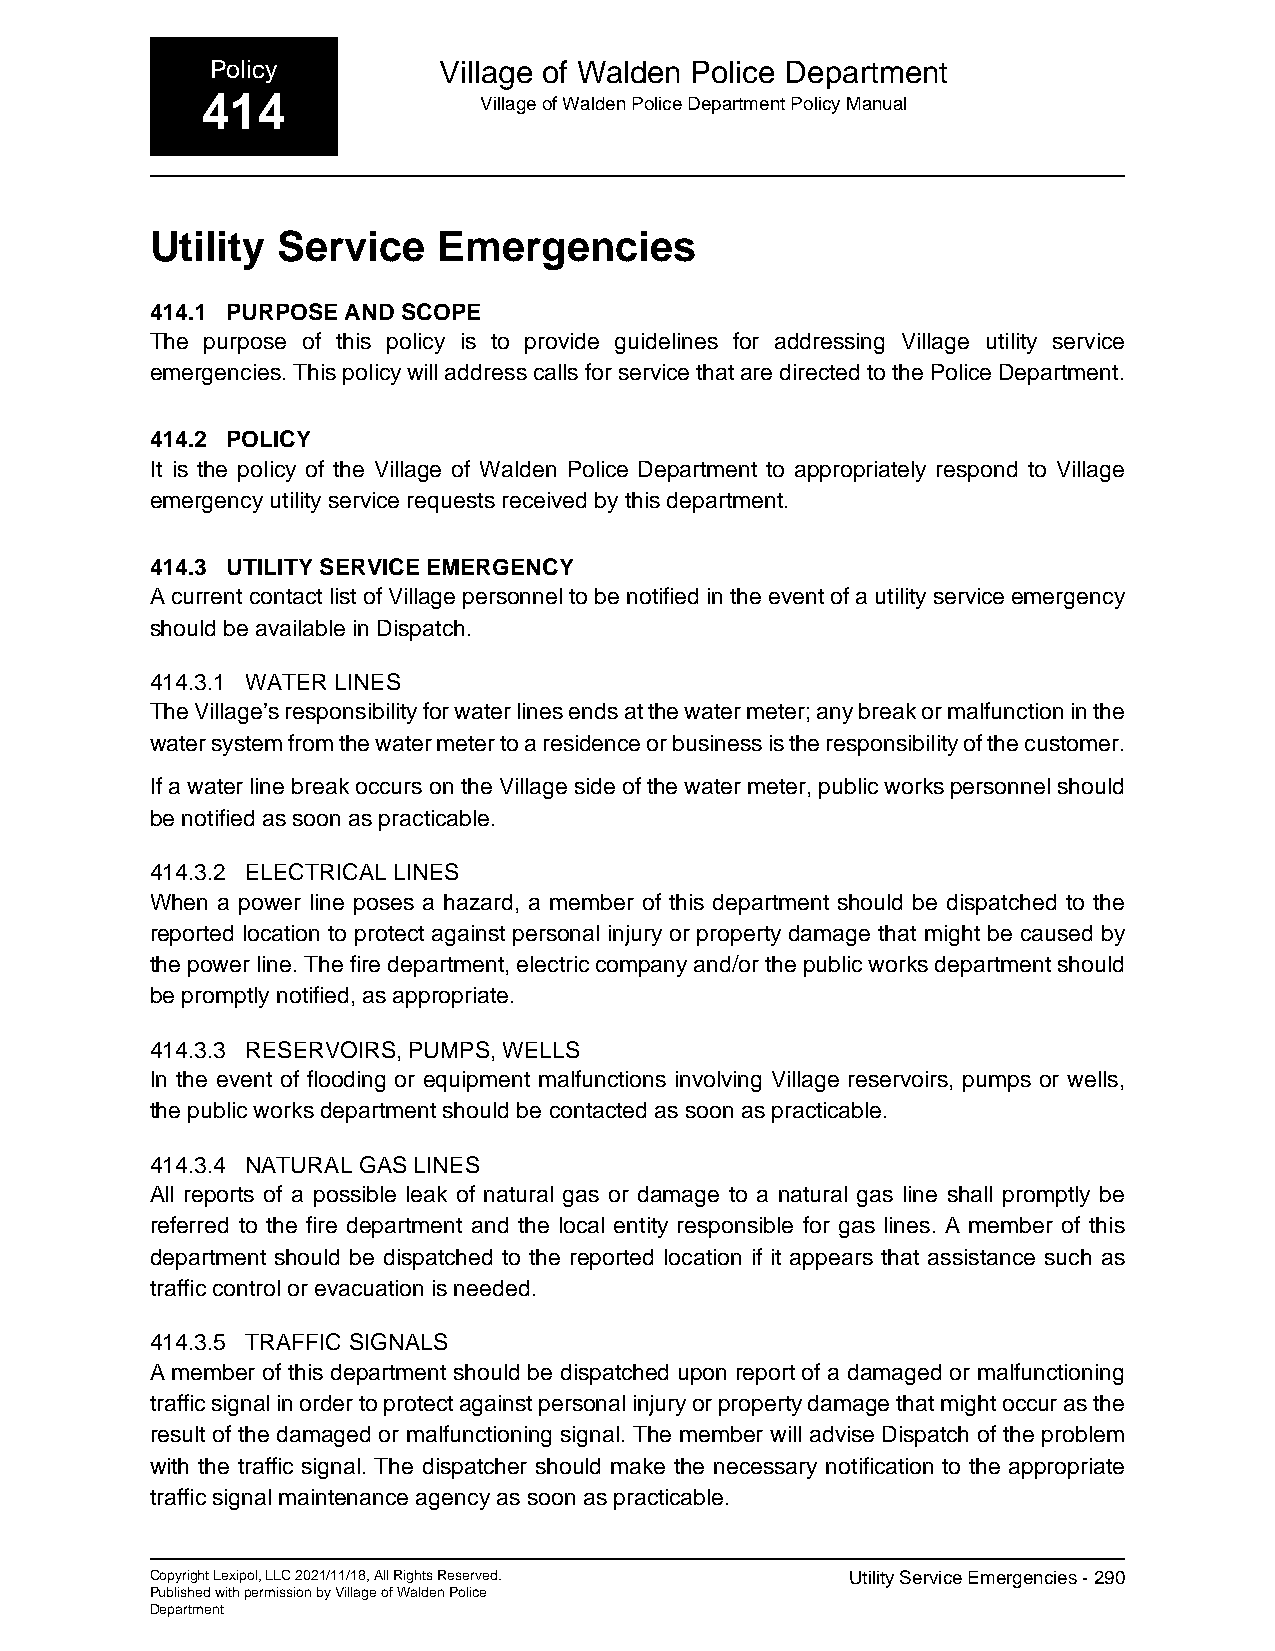
Policy         Village of Walden Police Department
 414                Village of Walden Police Department Policy Manual
 Utility Service    Emergencies
 414.1 PURPOSE AND SCOPE
 The purpose of this policy is to provide guidelines for addressing Village utility service
 emergencies. This policy will address calls for service that are directed to the Police Department.
 414.2 POLICY
 It is the policy of the Village of Walden Police Department to appropriately respond to Village
 emergency utility service requests received by this department.
 414.3 UTILITY SERVICE EMERGENCY
 A current contact list of Village personnel to be notified in the event of a utility service emergency
 should be available in Dispatch.
 414.3.1 WATER LINES
 The Village’s responsibility for water lines ends at the water meter; any break or malfunction in the
 water system from the water meter to a residence or business is the responsibility of the customer.
 If a water line break occurs on the Village side of the water meter, public works personnel should
 be notified as soon as practicable.
 414.3.2 ELECTRICAL LINES
 When a power line poses a hazard, a member of this department should be dispatched to the
 reported location to protect against personal injury or property damage that might be caused by
 the power line. The fire department, electric company and/or the public works department should
 be promptly notified, as appropriate.
 414.3.3 RESERVOIRS, PUMPS, WELLS
 In the event of flooding or equipment malfunctions involving Village reservoirs, pumps or wells,
 the public works department should be contacted as soon as practicable.
 414.3.4 NATURAL GAS LINES
 All reports of a possible leak of natural gas or damage to a natural gas line shall promptly be
 referred to the fire department and the local entity responsible for gas lines. A member of this
 department should be dispatched to the reported location if it appears that assistance such as
 traffic control or evacuation is needed.
 414.3.5 TRAFFIC SIGNALS
 A member of this department should be dispatched upon report of a damaged or malfunctioning
 traffic signal in order to protect against personal injury or property damage that might occur as the
 result of the damaged or malfunctioning signal. The member will advise Dispatch of the problem
 with the traffic signal. The dispatcher should make the necessary notification to the appropriate
 traffic signal maintenance agency as soon as practicable.
 Copyright Lexipol, LLC 2021/11/18, All Rights Reserved. Utility Service Emergencies - 290
 Published with permission by Village of Walden Police
 Department